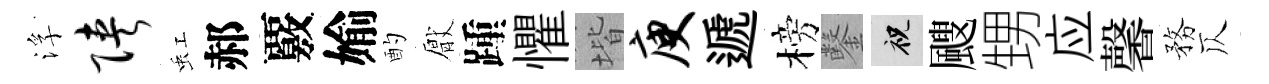
浮陕虹郝覈媮酌厭踵懼堦庾遞榜鑿祝颼甥应馨務仄